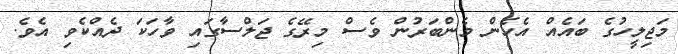
މަޖިލީހުގެ ބައެއް އެހެން މެންބަރުން ވެސް މިރޭގެ ޖަލްސާގައި ވާހަކަ ދެއްކެވި އެވެ.